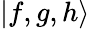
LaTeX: \mathinner{|{f,g,h}\rangle}